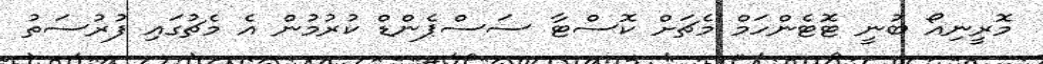
މޮރީނިއޯ ބުނީ ޓޮޓެންހަމް މެޗަށް ކޮސްޓާ ސަސްޕެންޑް ކުރުމުން އެ މެޗުގައި ފުރުސަތު